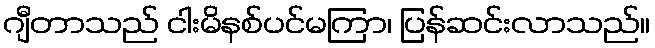
ဂျီတာသည် ငါးမိနစ်ပင်မကြာ၊ ပြန်ဆင်းလာသည်။